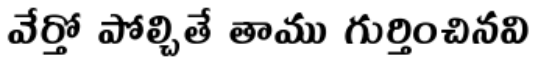
వేర్తో పోల్చితే తాము గుర్తించినవి